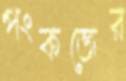
পংকজের